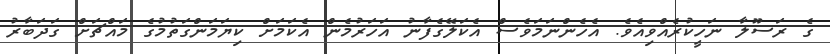
ގެ ރަސޫލާ ނަހީކުރެއްވިއެވެ. އެހެންނަމަވެސް އެކަލޭގެފާނު އަހަރުމެން އެކަމަށް ކިޔަމަންގަތުމުގެ މައްޗަށް ގަދަބާރު